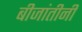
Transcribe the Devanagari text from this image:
बीजांतीनी